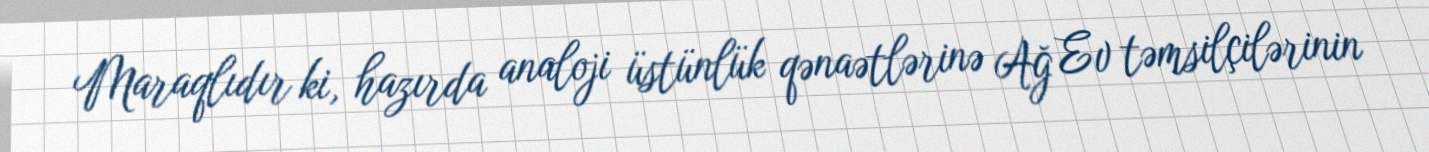
Maraqlıdır ki, hazırda analoji üstünlük qənaətlərinə Ağ Ev təmsilçilərinin